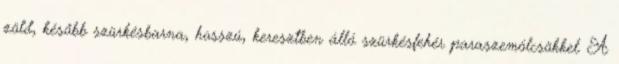
zöld, később szürkésbarna, hosszú, keresztben álló szürkésfehér paraszemölcsökkel. A